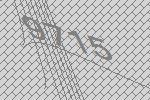
9715